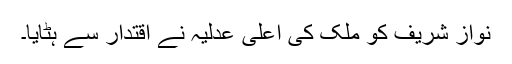
نواز شریف کو ملک کی اعلیٰ عدلیہ نے اقتدار سے ہٹایا۔